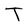
Character: T